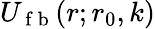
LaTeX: U_{\mathrm{~f~b~}}(r;r_{0},k)